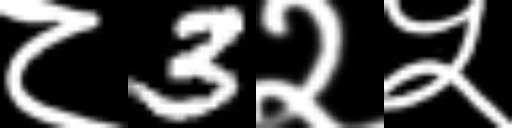
Text: ८3२५